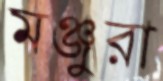
মঞ্জুরা